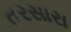
તરસારા